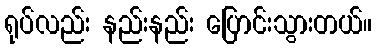
ရုပ်လည်း နည်းနည်း ပြောင်းသွားတယ်။